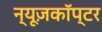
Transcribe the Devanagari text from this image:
न्यूज़कॉप्टर